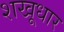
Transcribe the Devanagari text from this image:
शखूधार